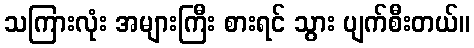
သကြားလုံး အများကြီး စားရင် သွား ပျက်စီးတယ်။